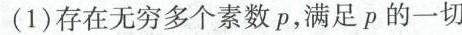
(1)存在无穷多个素数p，满足p的一切